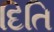
દિતિ